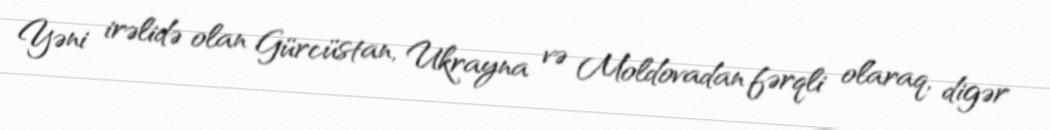
Yəni irəlidə olan Gürcüstan, Ukrayna və Moldovadan fərqli olaraq, digər